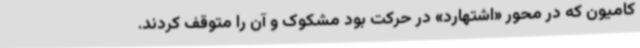
کامیون که در محور «اشتهارد» در حرکت بود مشکوک و آن را متوقف کردند.